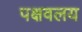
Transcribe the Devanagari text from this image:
पक्षवलय